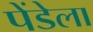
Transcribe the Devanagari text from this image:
पेंडेला